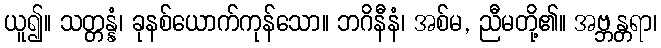
ယူ၍။ သတ္တန္နံ၊ ခုနစ်ယောက်ကုန်သော။ ဘဂိနီနံ၊ အစ်မ, ညီမတို့၏။ အဗ္ဘန္တရာ၊